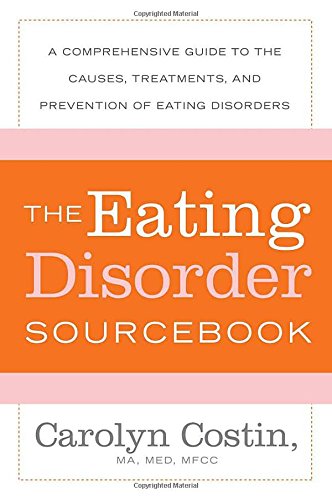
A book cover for The Eating Disorders Sourcebook: A Comprehensive Guide to the Causes, Treatments, and Prevention of Eating Disorders (Sourcebooks); Carolyn Costin; Literature & Fiction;